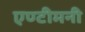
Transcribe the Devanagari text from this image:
एण्टीमनी